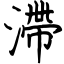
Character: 滯